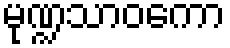
မုဏ္ဍသာဝကော